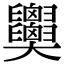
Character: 𦧂